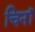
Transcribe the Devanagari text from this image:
चिनॉ